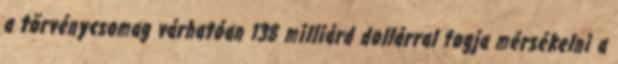
a törvénycsomag várhatóan 138 milliárd dollárral fogja mérsékelni a